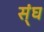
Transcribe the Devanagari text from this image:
स्ंघ